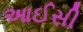
આઈસી